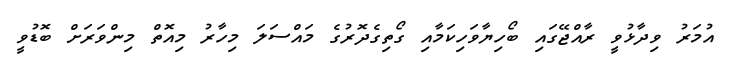
އުމަރު ވިދާޅުވީ ރާއްޖޭގައި ބޯހިޔާވަހިކަމާއި ގޯތިގެދޮރުގެ މައްސަލަ މިހާރު މިއޮތް މިންވަރަށް ބޮޑުވީ